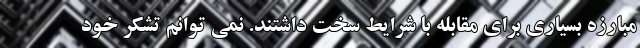
مبارزه بسیاری برای مقابله با شرایط سخت داشتند. نمی توانم تشکر خود